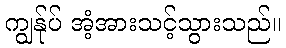
ကျွန်ုပ် အံ့အားသင့်သွားသည်။